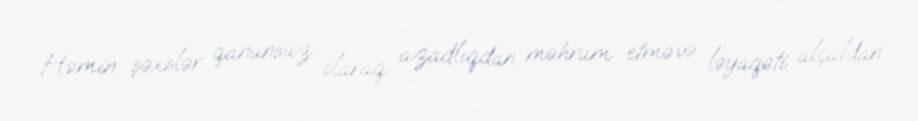
Həmin şəxslər qanunsuz olaraq azadlıqdan məhrum etmə və ləyaqəti alçaldan